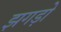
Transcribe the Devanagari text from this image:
झगड़ो